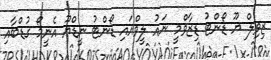
ޒިވިލް ޔޫ ޑޯންޓު ޑިޒާވްމީ ނައު ލީވްއައި ޑޯންޓު ނީޑްޔޫ އެނީމޯ ގުޑްބާއި